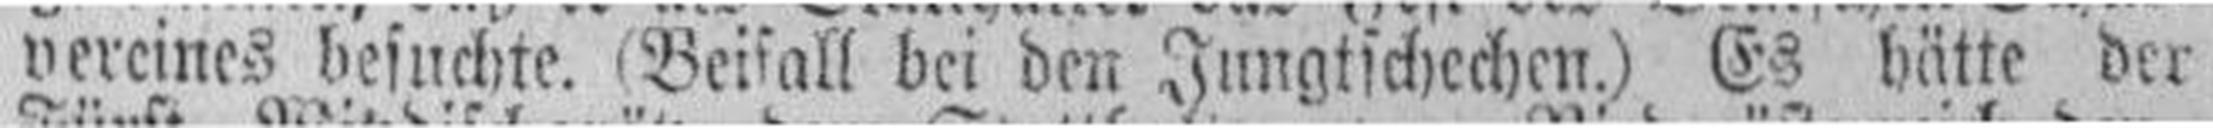
vereines besuchte. Beifall bei den Jungtschechen.) Es hätte der